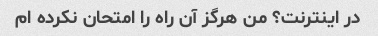
در اینترنت؟ من هرگز آن راه را امتحان نکرده ام